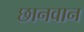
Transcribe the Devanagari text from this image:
छानवान